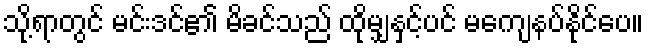
သို့ရာတွင် မင်းဒင်၏ မိခင်သည် ထိုမျှနှင့်ပင် မကျေနပ်နိုင်ပေ။